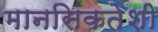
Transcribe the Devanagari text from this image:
मानसिकतेशी